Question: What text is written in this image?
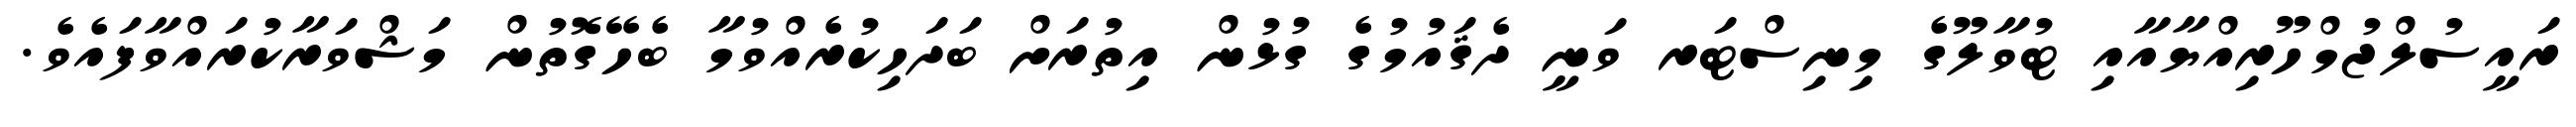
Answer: ރައީސުލްޖުމްހޫރިއްޔާއާއި ޓުވާލޫގެ މިނިސްޓަރ ވަނީ ދެޤައުމުގެ ގުޅުން އިތުރަށް ބަދަހިކުރެއްވުމާ ބެހޭގޮތުން މަޝްވަރާކުރައްވާފައެވެ.